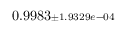
0 . 9 9 8 3 { \scriptstyle \pm 1 . 9 3 2 9 e - 0 4 }